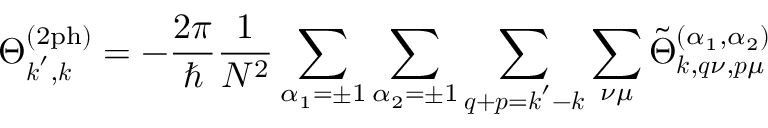
\Theta _ { \boldsymbol { k } ^ { \prime } , \boldsymbol { k } } ^ { ( \mathrm { 2 p h } ) } = - \frac { 2 \pi } { \hbar } \frac { 1 } { N ^ { 2 } } \sum _ { \alpha _ { 1 } = \pm 1 } \sum _ { \alpha _ { 2 } = \pm 1 } \sum _ { \boldsymbol { q } + \boldsymbol { p } = \boldsymbol { k } ^ { \prime } - \boldsymbol { k } } \sum _ { \nu \mu } \tilde { \Theta } _ { \boldsymbol { k } , \boldsymbol { q } \nu , \boldsymbol { p } \mu } ^ { ( \alpha _ { 1 } , \alpha _ { 2 } ) }